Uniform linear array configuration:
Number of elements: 12
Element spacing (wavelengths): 0.5
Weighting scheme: uniform
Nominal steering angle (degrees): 45
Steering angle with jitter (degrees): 45.45
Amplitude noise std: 0.05
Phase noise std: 0.05

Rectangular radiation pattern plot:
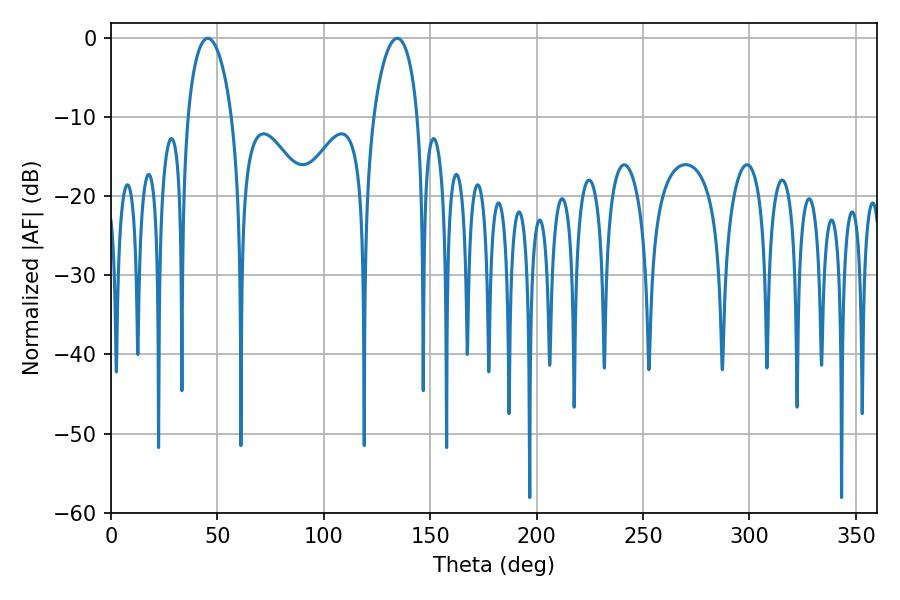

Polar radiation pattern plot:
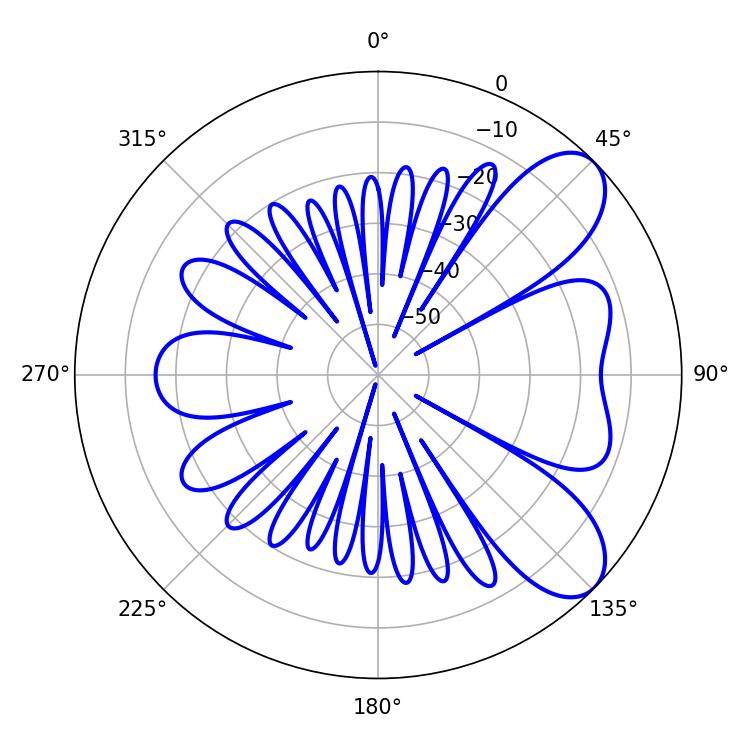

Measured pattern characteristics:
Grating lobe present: FALSE
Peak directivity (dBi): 7.806
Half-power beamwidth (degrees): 11.88
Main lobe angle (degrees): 45.54